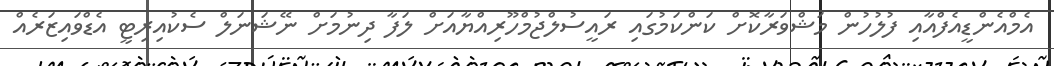
އެމްއެންޑީއެފްއާއި ފުލުހުން މަޝްވަރާކޮށް ކަންކަމުގައި ރައީސުލްޖުމްހޫރިއްޔާއަށް ލަފާ ދިނުމަށް ނޭޝަނަލް ސެކުއިރިޓީ އެޑްވައިޒަރެއް